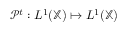
\mathcal { P } ^ { t } : L ^ { 1 } ( \mathbb { X } ) \mapsto L ^ { 1 } ( \mathbb { X } )